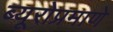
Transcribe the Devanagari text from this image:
ब्यूरोप्रमाणे